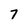
Character: 7